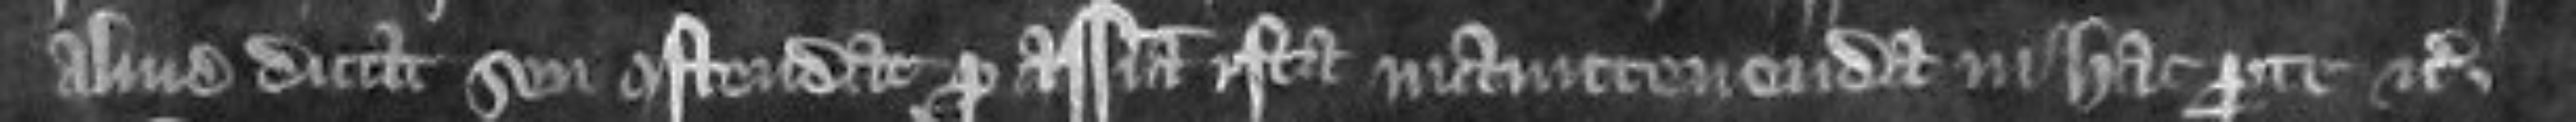
aliud dicat seu ostendat pro assisa ista manutenenda in hac parte etc